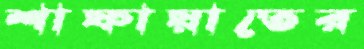
শাফায়াতের